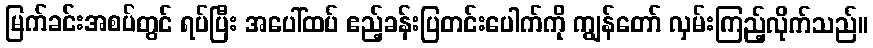
မြက်ခင်းအစပ်တွင် ရပ်ပြီး အပေါ်ထပ် ဧည့်ခန်းပြတင်းပေါက်ကို ကျွန်တော် လှမ်းကြည့်လိုက်သည်။